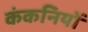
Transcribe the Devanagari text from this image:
कंकनियों